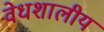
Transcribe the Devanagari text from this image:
वेधशालीय